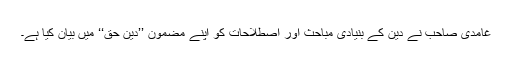
غامدی صاحب نے دین کے بنیادی مباحث اور اصطلاحات کو اپنے مضمون ’’دین حق‘‘ میں بیان کیا ہے۔